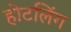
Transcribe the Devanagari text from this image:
होटलिंग